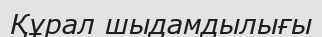
Құрал шыдамдылығы